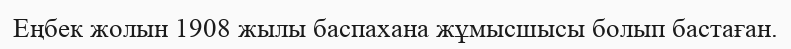
Еңбек жолын 1908 жылы баспахана жұмысшысы болып бастаған.